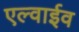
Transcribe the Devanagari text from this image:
एल्वाईव